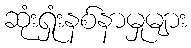
ဆုံးရှုံးနစ်နာမှုများ